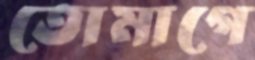
তোমাগে